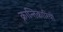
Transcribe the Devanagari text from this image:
क्रान्‍तिकारियों